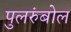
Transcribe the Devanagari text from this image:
पुलरुंबोल